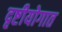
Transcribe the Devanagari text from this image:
दृष्टीयोगात